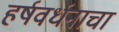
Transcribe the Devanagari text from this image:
हर्षवर्धनाचा